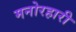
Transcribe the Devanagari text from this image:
मनोरहारी